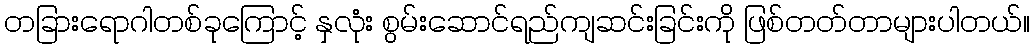
တခြားရောဂါတစ်ခုကြောင့် နှလုံး စွမ်းဆောင်ရည်ကျဆင်းခြင်းကို ဖြစ်တတ်တာများပါတယ်။